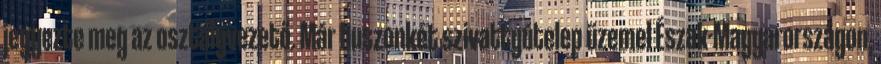
jegyezte meg az osztályvezető. Már huszonkét szivattyútelep üzemel Észak-Magyarországon,